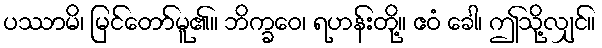
ပဿာမိ၊ မြင်တော်မူ၏။ ဘိက္ခဝေ၊ ရဟန်းတို့။ ဧဝံ ခေါ၊ ဤသို့လျှင်။